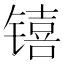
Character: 𬭳